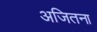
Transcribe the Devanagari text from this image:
अजितना